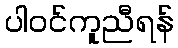
ပါဝင်ကူညီရန်